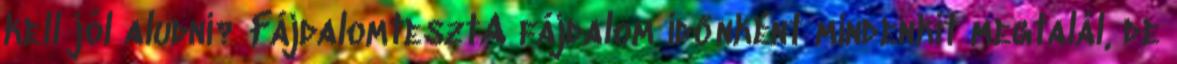
kell jól aludni? FájdalomtesztA fájdalom időnként mindenkit megtalál, de